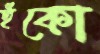
হুঁকো